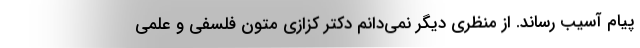
پیام آسیب رساند. از منظری دیگر نمی‌دانم دکتر کزازی متون فلسفی و علمی